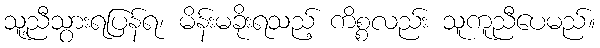
သူ့ညီသွားရပြန်ရ၊ မိန်းမခိုးရသည့် ကိစ္စလည်း သူကူညီပေမည်။